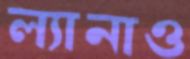
ল্যানাও